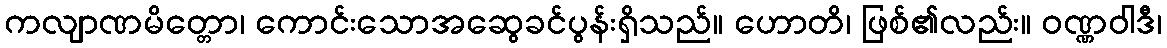
ကလျာဏမိတ္တော၊ ကောင်းသောအဆွေခင်ပွန်းရှိသည်။ ဟောတိ၊ ဖြစ်၏လည်း။ ဝဏ္ဏဝါဒီ၊